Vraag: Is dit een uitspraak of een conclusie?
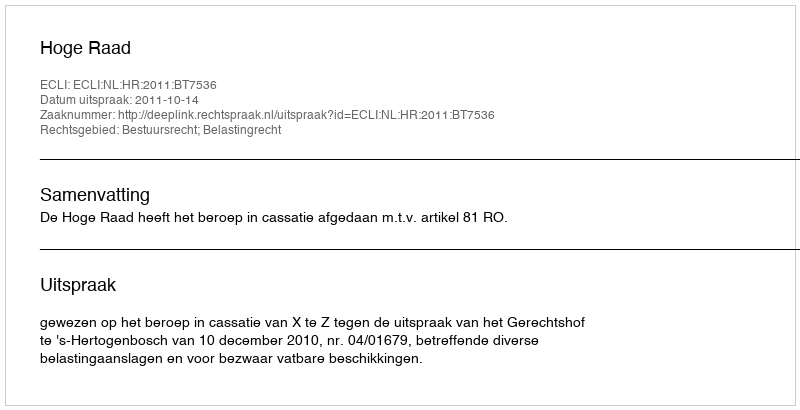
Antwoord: Uitspraak